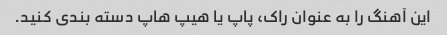
این آهنگ را به عنوان راک، پاپ یا هیپ هاپ دسته بندی کنید.